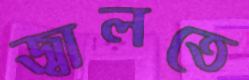
জ্বালতে